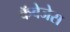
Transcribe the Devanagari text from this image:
कॅबेजेस